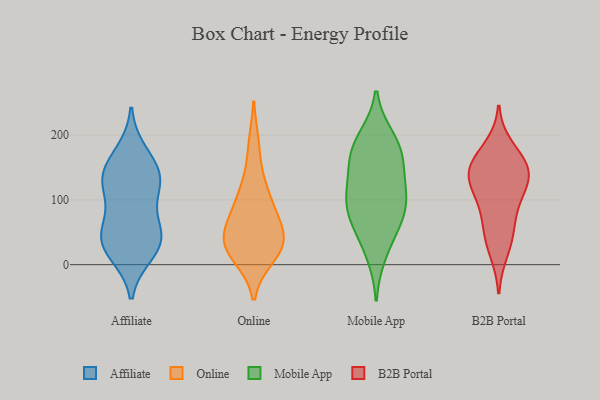
{"axis": {"x": "Gross Profit (USD K)", "y": "Value"}, "legend": ["Affiliate", "B2B Portal", "Mobile App", "Online"], "data": [{"x": "", "y": 18, "type": "Affiliate"}, {"x": "", "y": 137, "type": "Affiliate"}, {"x": "", "y": 129, "type": "Affiliate"}, {"x": "", "y": 124, "type": "Affiliate"}, {"x": "", "y": 40, "type": "Affiliate"}, {"x": "", "y": 53, "type": "Affiliate"}, {"x": "", "y": 115, "type": "Affiliate"}, {"x": "", "y": 36, "type": "Affiliate"}, {"x": "", "y": 172, "type": "Affiliate"}, {"x": "", "y": 151, "type": "Affiliate"}, {"x": "", "y": 62, "type": "Affiliate"}, {"x": "", "y": 27, "type": "Affiliate"}, {"x": "", "y": 70, "type": "Online"}, {"x": "", "y": 121, "type": "Online"}, {"x": "", "y": 106, "type": "Online"}, {"x": "", "y": 28, "type": "Online"}, {"x": "", "y": 77, "type": "Online"}, {"x": "", "y": 34, "type": "Online"}, {"x": "", "y": 184, "type": "Online"}, {"x": "", "y": 51, "type": "Online"}, {"x": "", "y": 25, "type": "Online"}, {"x": "", "y": 32, "type": "Online"}, {"x": "", "y": 14, "type": "Online"}, {"x": "", "y": 49, "type": "Mobile App"}, {"x": "", "y": 150, "type": "Mobile App"}, {"x": "", "y": 188, "type": "Mobile App"}, {"x": "", "y": 164, "type": "Mobile App"}, {"x": "", "y": 66, "type": "Mobile App"}, {"x": "", "y": 109, "type": "Mobile App"}, {"x": "", "y": 91, "type": "Mobile App"}, {"x": "", "y": 128, "type": "Mobile App"}, {"x": "", "y": 176, "type": "Mobile App"}, {"x": "", "y": 98, "type": "Mobile App"}, {"x": "", "y": 16, "type": "Mobile App"}, {"x": "", "y": 196, "type": "Mobile App"}, {"x": "", "y": 84, "type": "Mobile App"}, {"x": "", "y": 151, "type": "B2B Portal"}, {"x": "", "y": 130, "type": "B2B Portal"}, {"x": "", "y": 92, "type": "B2B Portal"}, {"x": "", "y": 155, "type": "B2B Portal"}, {"x": "", "y": 49, "type": "B2B Portal"}, {"x": "", "y": 152, "type": "B2B Portal"}, {"x": "", "y": 141, "type": "B2B Portal"}, {"x": "", "y": 103, "type": "B2B Portal"}, {"x": "", "y": 181, "type": "B2B Portal"}, {"x": "", "y": 20, "type": "B2B Portal"}, {"x": "", "y": 127, "type": "B2B Portal"}, {"x": "", "y": 54, "type": "B2B Portal"}]}